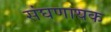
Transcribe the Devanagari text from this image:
संघणायक